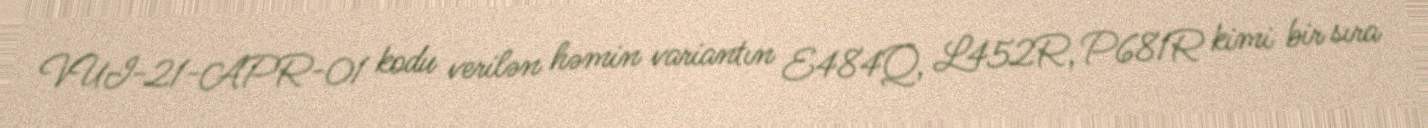
VUI-21-APR-01 kodu verilən həmin variantın E484Q, L452R, P681R kimi bir sıra